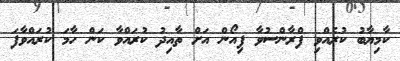
ކާމިޔާބު ކުރެއްވި ފްރާންސުވާ ފިއޯން އަށް ތާއިދު ކުރައްވާ ކަން ހާމަ ކުރައްވާފަ